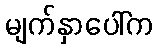
မျက်နှာပေါ်က